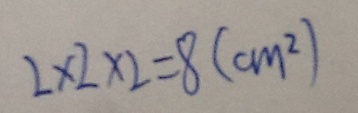
2 \times 2 \times 2 = 8 ( c m ^ { 2 } )